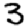
Digit: 3